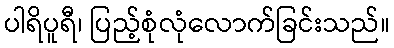
ပါရိပူရီ၊ ပြည့်စုံလုံလောက်ခြင်းသည်။